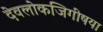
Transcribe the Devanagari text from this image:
देवलोकजिगीषया